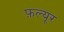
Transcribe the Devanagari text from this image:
फ़ल्यूर